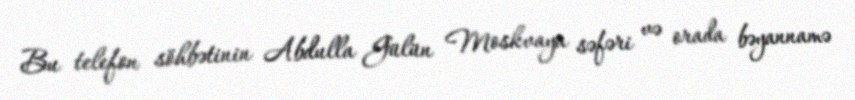
Bu telefon söhbətinin Abdulla Gülün Moskvaya səfəri və orada bəyannamə